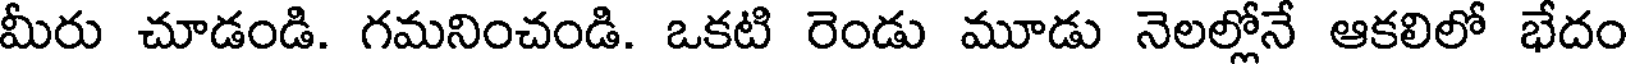
మీరు చూడండి. గమనించండి. ఒకటి రెండు మూడు నెలల్లోనే ఆకలిలో భేదం